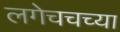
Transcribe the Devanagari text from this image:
लगेचचच्या